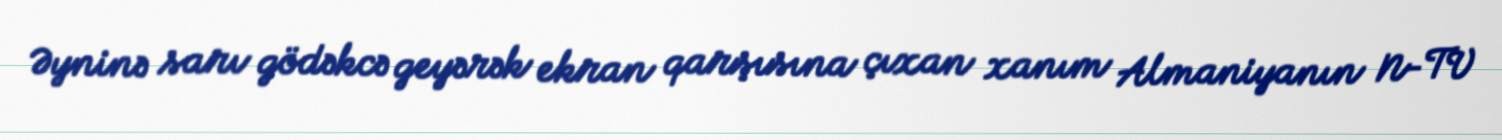
Əyninə sarı gödəkcə geyərək ekran qarşısına çıxan xanım Almaniyanın N-TV